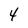
Character: 4